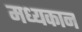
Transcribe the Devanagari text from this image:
मध्यकान